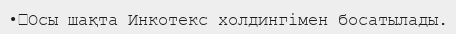
•	Осы шақта Инкотекс холдингімен босатылады.